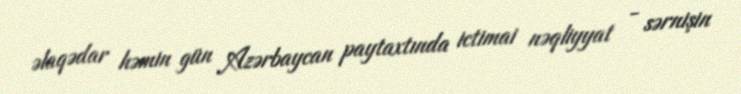
əlaqədar həmin gün Azərbaycan paytaxtında ictimai nəqliyyat - sərnişin